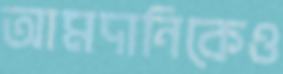
আমদানিকেও